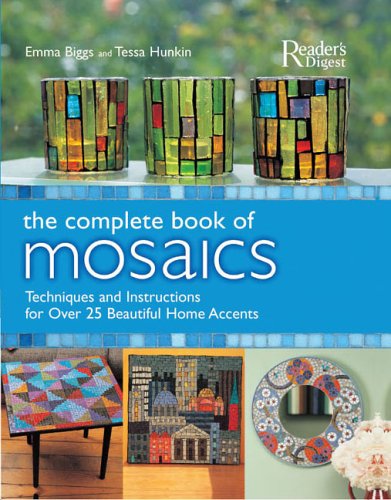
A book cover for The Complete Book of Mosaics: Materials, Techniques, and Step-by-Step Instructions for over 25 Beautiful HomeAccents; Emma Biggs; Crafts, Hobbies & Home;